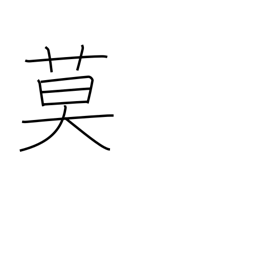
Meaning: must not